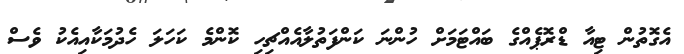
އެގޮތުން ޓިއާ ޑްރޮޕެއްގެ ބައްޓަމަށް ހުންނަ ކަންފަތުލާއެއްޗިހި ކޮންމެ ކަހަލަ ހެދުމަކާއިއެކު ވެސް